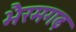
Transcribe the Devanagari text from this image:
भैरमगढ़